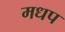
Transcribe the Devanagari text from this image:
मधप